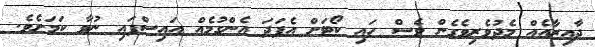
ދާއިރާއެއް މެދުވެރިވެގެން ވެސް ހައި ކޯޓަށް އެފަދަ އެންގުމެއް އައިސްފައި ނުވާ ކަމަށެވެ.